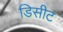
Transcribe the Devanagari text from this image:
डिसीट